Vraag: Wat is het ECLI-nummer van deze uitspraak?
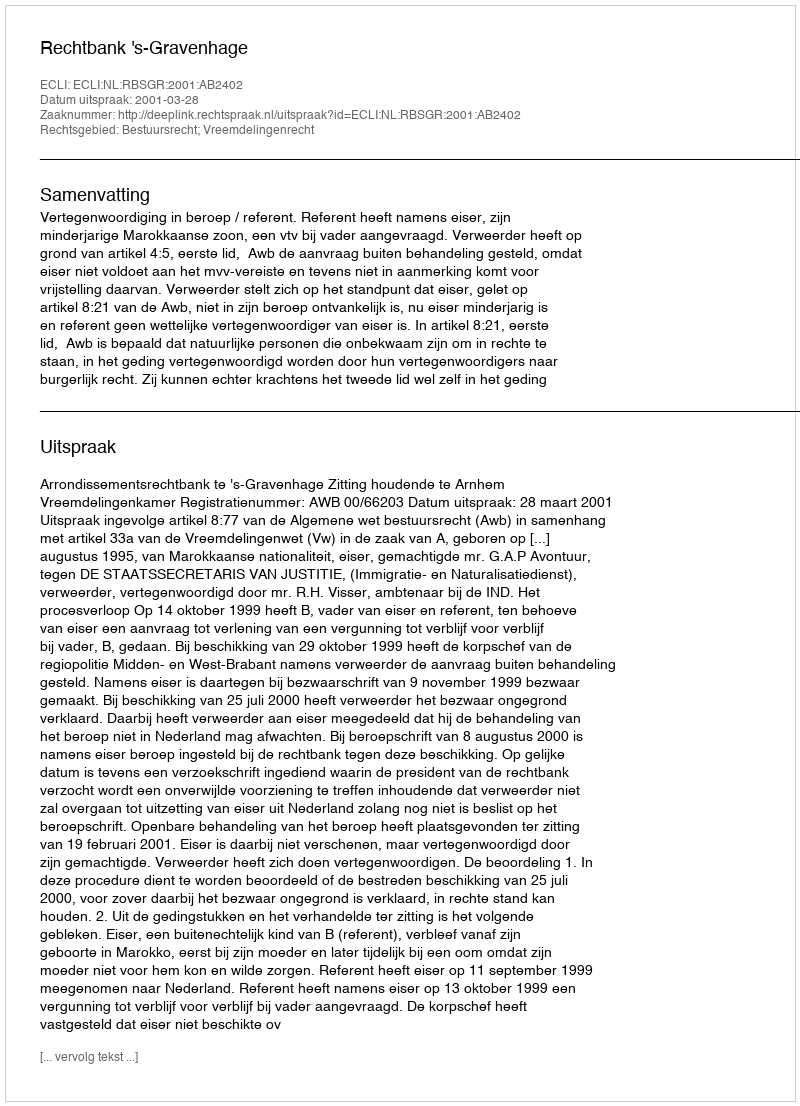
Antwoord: ECLI:NL:RBSGR:2001:AB2402